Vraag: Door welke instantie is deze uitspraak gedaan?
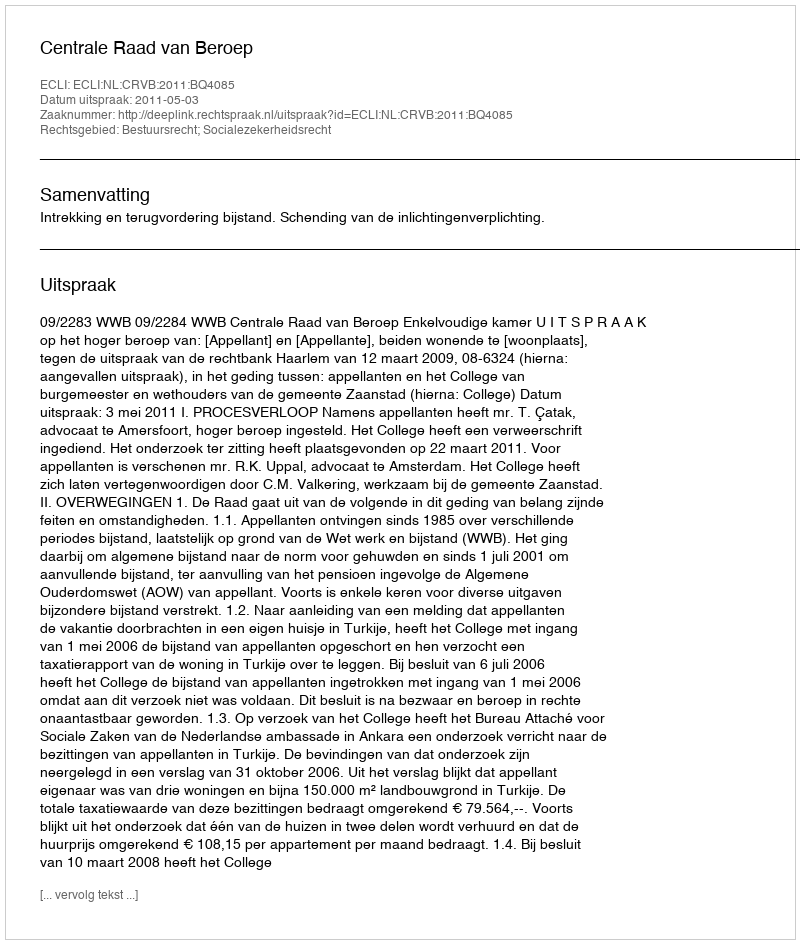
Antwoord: Centrale Raad van Beroep